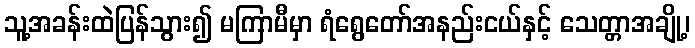
သူ့အခန်းထဲပြန်သွား၍ မကြာမီမှာ ရံရွေတော်အနည်းငယ်နှင့် သေတ္တာအချို့၊